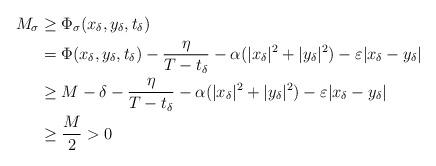
LaTeX: \begin{align*}M_\sigma &\geq \Phi_\sigma (x_\delta ,y_\delta ,t_\delta ) \\&=\Phi (x_\delta ,y_\delta ,t_\delta )-\frac{\eta}{T-t_\delta}-\alpha (|x_\delta |^2+|y_\delta |^2)-\varepsilon |x_\delta -y_\delta |\\&\geq M-\delta - \frac{\eta}{T-t_\delta}-\alpha (|x_\delta |^2+|y_\delta |^2)-\varepsilon |x_\delta -y_\delta | \\&\geq \frac{M}{2}>0\end{align*}